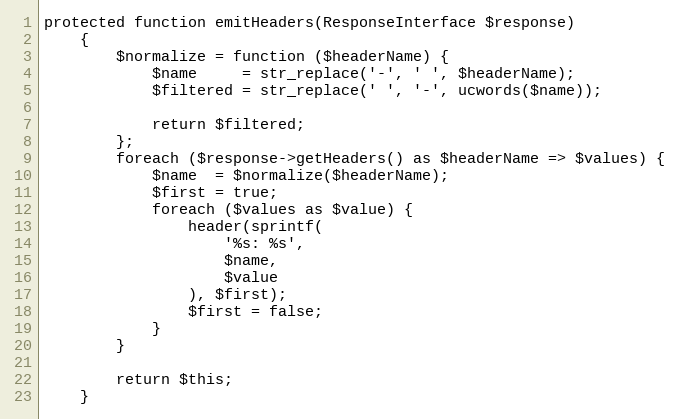
Language: PHP
protected function emitHeaders(ResponseInterface $response)
    {
        $normalize = function ($headerName) {
            $name     = str_replace('-', ' ', $headerName);
            $filtered = str_replace(' ', '-', ucwords($name));

            return $filtered;
        };
        foreach ($response->getHeaders() as $headerName => $values) {
            $name  = $normalize($headerName);
            $first = true;
            foreach ($values as $value) {
                header(sprintf(
                    '%s: %s',
                    $name,
                    $value
                ), $first);
                $first = false;
            }
        }

        return $this;
    }